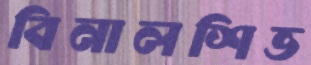
বিনালশিভ